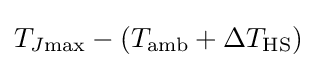
T_{J{\rm {max}}}-(T_{\rm {amb}}+\Delta T_{\rm {HS}})